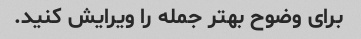
برای وضوح بهتر جمله را ویرایش کنید.